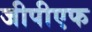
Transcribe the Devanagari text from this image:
जीपीएफ